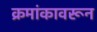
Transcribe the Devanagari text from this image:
क्रमांकावरून